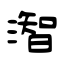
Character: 潪